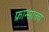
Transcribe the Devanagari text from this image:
फ्रान्सातच